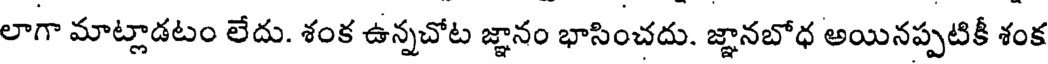
లాగా మాట్లాడటం లేదు. శంక ఉన్నచోట జ్ఞానం భాసించదు. జ్ఞానబోధ అయినప్పటికీ శంక